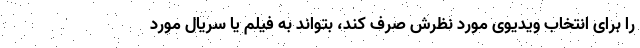
را برای انتخاب ویدیوی مورد نظرش صرف کند، بتواند به فیلم یا سریال مورد